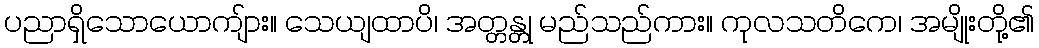
ပညာရှိသောယောကျ်ား။ သေယျထာပိ၊ အတ္တန္တု မည်သည်ကား။ ကုလသတိကေ၊ အမျိုးတို့၏